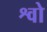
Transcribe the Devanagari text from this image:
श्वो